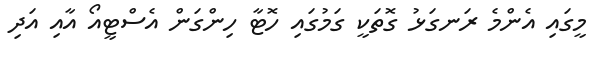
މީގައި އެންމެ ރަނގަޅު ގޮތަކީ ގަމުގައި ހޮޓާ ހިންގަން އެސްޓީއޯ އާއި އަދި